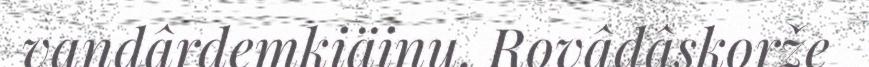
vandârdemkiäinu. Rovâdâskorže